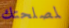
لمصلحتك